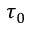
\tau _ { 0 }